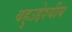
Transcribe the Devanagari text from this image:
बहुउद्देश्‍यीय